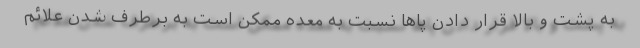
به پشت و بالا قرار دادن پاها نسبت به معده ممکن است به برطرف شدن علائم